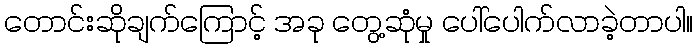
တောင်းဆိုချက်ကြောင့် အခု တွေ့ဆုံမှု ပေါ်ပေါက်လာခဲ့တာပါ။